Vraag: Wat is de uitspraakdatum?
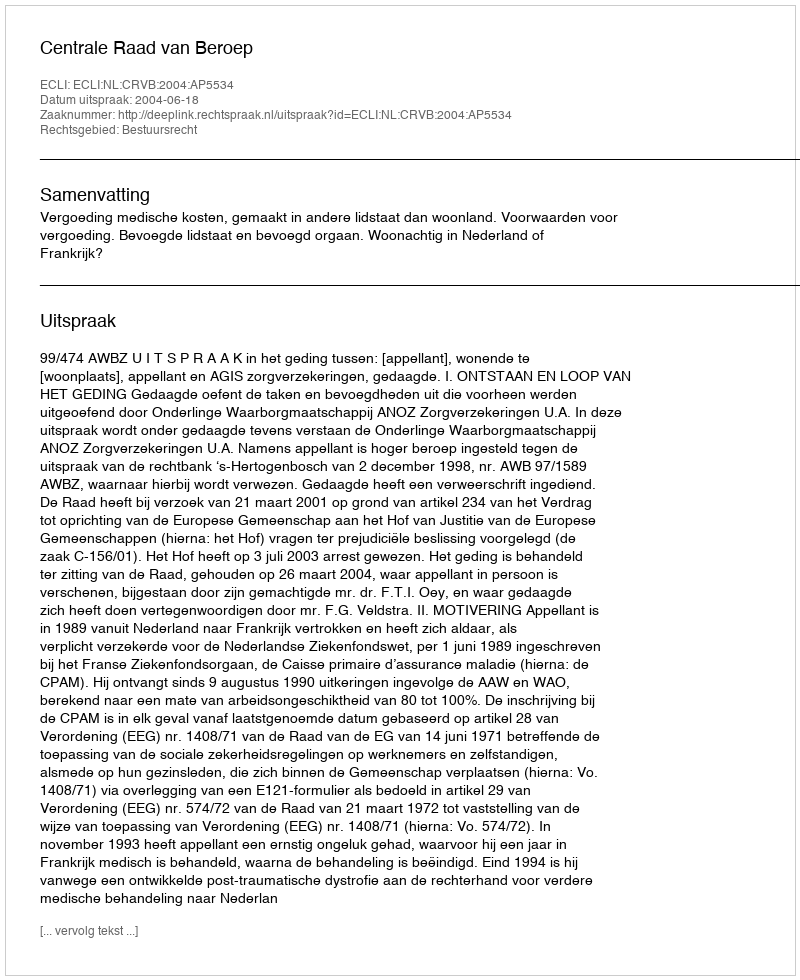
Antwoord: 2004-06-18